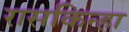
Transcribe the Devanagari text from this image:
रासकिन्हा